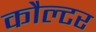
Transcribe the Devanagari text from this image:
कौल्टर